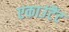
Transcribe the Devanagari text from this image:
एकाउंटैंट